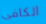
الكافى